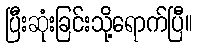
ပြီးဆုံးခြင်းသို့ရောက်ပြီ။